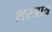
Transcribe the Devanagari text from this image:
शस्त्रात्र